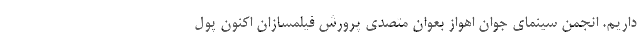
داریم. انجمن سینمای جوان اهواز بعوان متصدی پرورش فیلمسازان اکنون پول